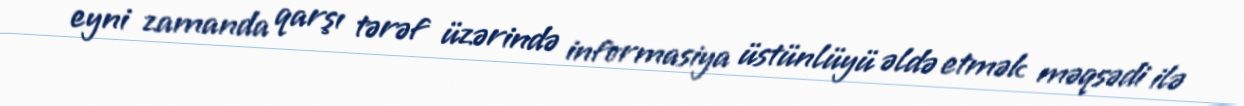
eyni zamanda qarşı tərəf üzərində informasiya üstünlüyü əldə etmək məqsədi ilə